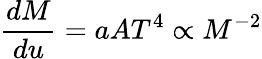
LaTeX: \frac{dM}{du}=aAT^{4}\propto M^{-2}